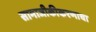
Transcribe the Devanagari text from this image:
सामाजीकीकरणाचा